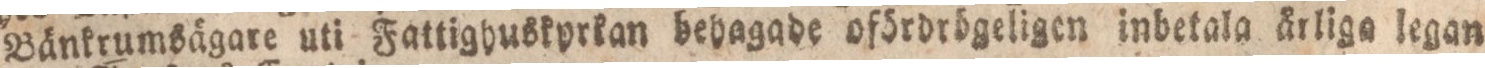
Bänkrumsägare uti Fattighuskyrkan behagade ofördrögeligen inbetala årliga legan